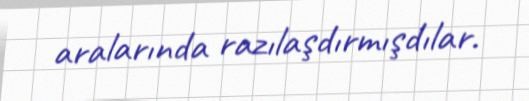
aralarında razılaşdırmışdılar.